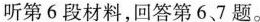
听第6 段材料,回答第6、7 题。